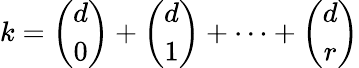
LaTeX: k={\binom{d}{0}}+{\binom{d}{1}}+\dots+{\binom{d}{r}}